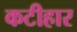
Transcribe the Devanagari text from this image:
कटीहार